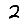
Digit: 2